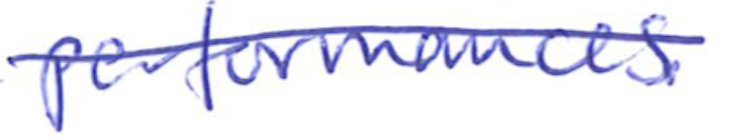
Text: performances.
Cross-out: diagonal
Writing tool: ballpoint